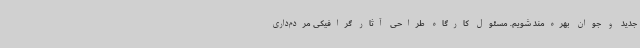
جدید و جوان بهره‌مند شویم. مسئول کارگاه طراحی آثار گرافیکی مردم‌داری